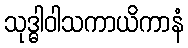
သုဒ္ဓါဝါသကာယိကာနံ